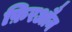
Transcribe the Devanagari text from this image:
फ़िरऔन